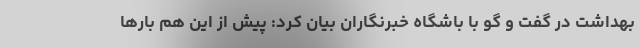
بهداشت در گفت و گو با باشگاه خبرنگاران بیان کرد: پیش از این هم بارها